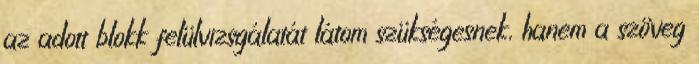
az adott blokk felülvizsgálatát látom szükségesnek, hanem a szöveg